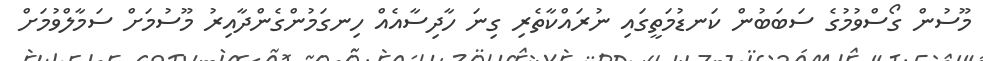
މޫސުން ގޯސްވުމުގެ ސަބަބުން ކަނޑުމަތީގައި ނުރައްކާތެރި ގިނަ ހާދިސާއެއް ހިނގަމުންގެންދާއިރު މޫސުމަށް ސަމާލްވުމަށް